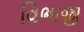
વિભાજી